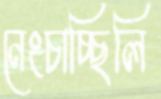
নেংচাচ্ছিলি